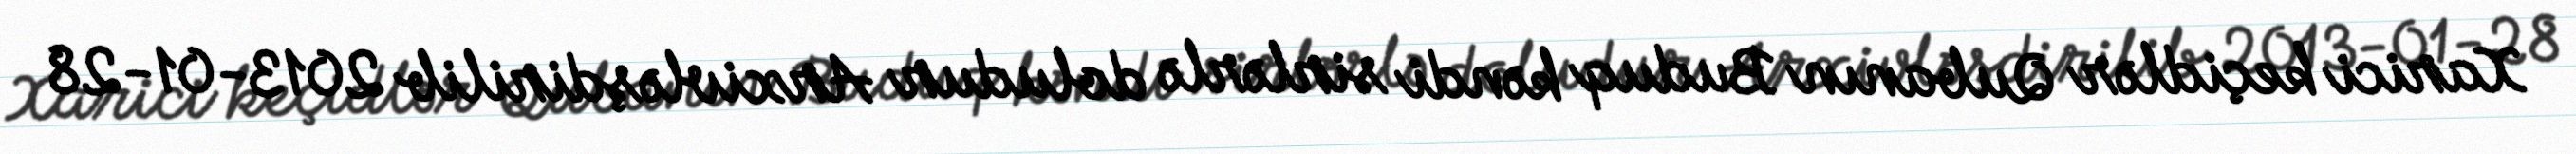
Xarici keçidlər Qubanın Buduq kəndi sirlərlə doludur Arxivləşdirilib 2013-01-28